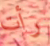
رأت